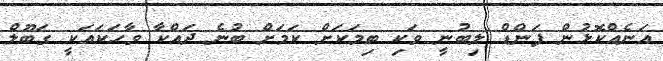
އަނެއްކޮޅުން ފަންޑް ލިބުނީ ވަކި ބިމަކަށް ކަމަށް ބުނެ ދައްކާ ވާހަކައަކީ ގަބޫލް